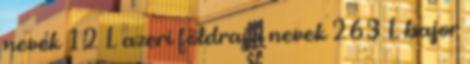
nevek‎ 12 L azeri földrajzi nevek‎ 263 L bajor